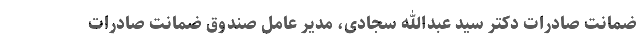
ضمانت صادرات دکتر سید عبدالله سجادی، مدیر عامل صندوق ضمانت صادرات